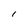
Character: 1